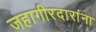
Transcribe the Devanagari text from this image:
जहागीरदारांना